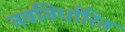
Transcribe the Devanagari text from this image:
नवनिर्धारित